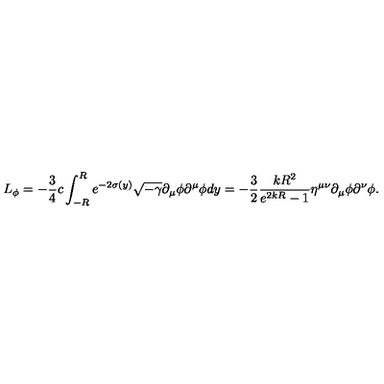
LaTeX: L _ { \phi } = - \frac { 3 } { 4 } c \int _ { - R } ^ { R } e ^ { - 2 \sigma ( y ) } \sqrt { - \gamma } \partial _ { \mu } \phi \partial ^ { \mu } \phi d y = - \frac { 3 } { 2 } \frac { k R ^ { 2 } } { e ^ { 2 k R } - 1 } \eta ^ { \mu \nu } \partial _ { \mu } \phi \partial ^ { \nu } \phi .